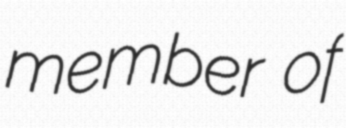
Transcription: member of